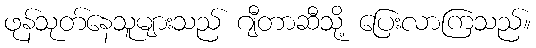
ဖုန်သုတ်နေသူများသည် ဂျီတာဆီသို့ ပြေးလာကြသည်။